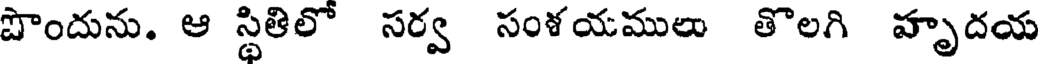
పొందును. ఆ స్థితిలో సర్వ సంళయములు తొలగి హృదయ